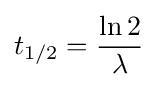
t_{1/2}={\frac {\ln 2}{\lambda }}